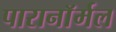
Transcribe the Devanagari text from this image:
पारानाॅर्मल